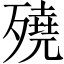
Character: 𣩦